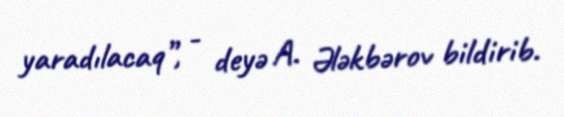
yaradılacaq”, - deyə A. Ələkbərov bildirib.